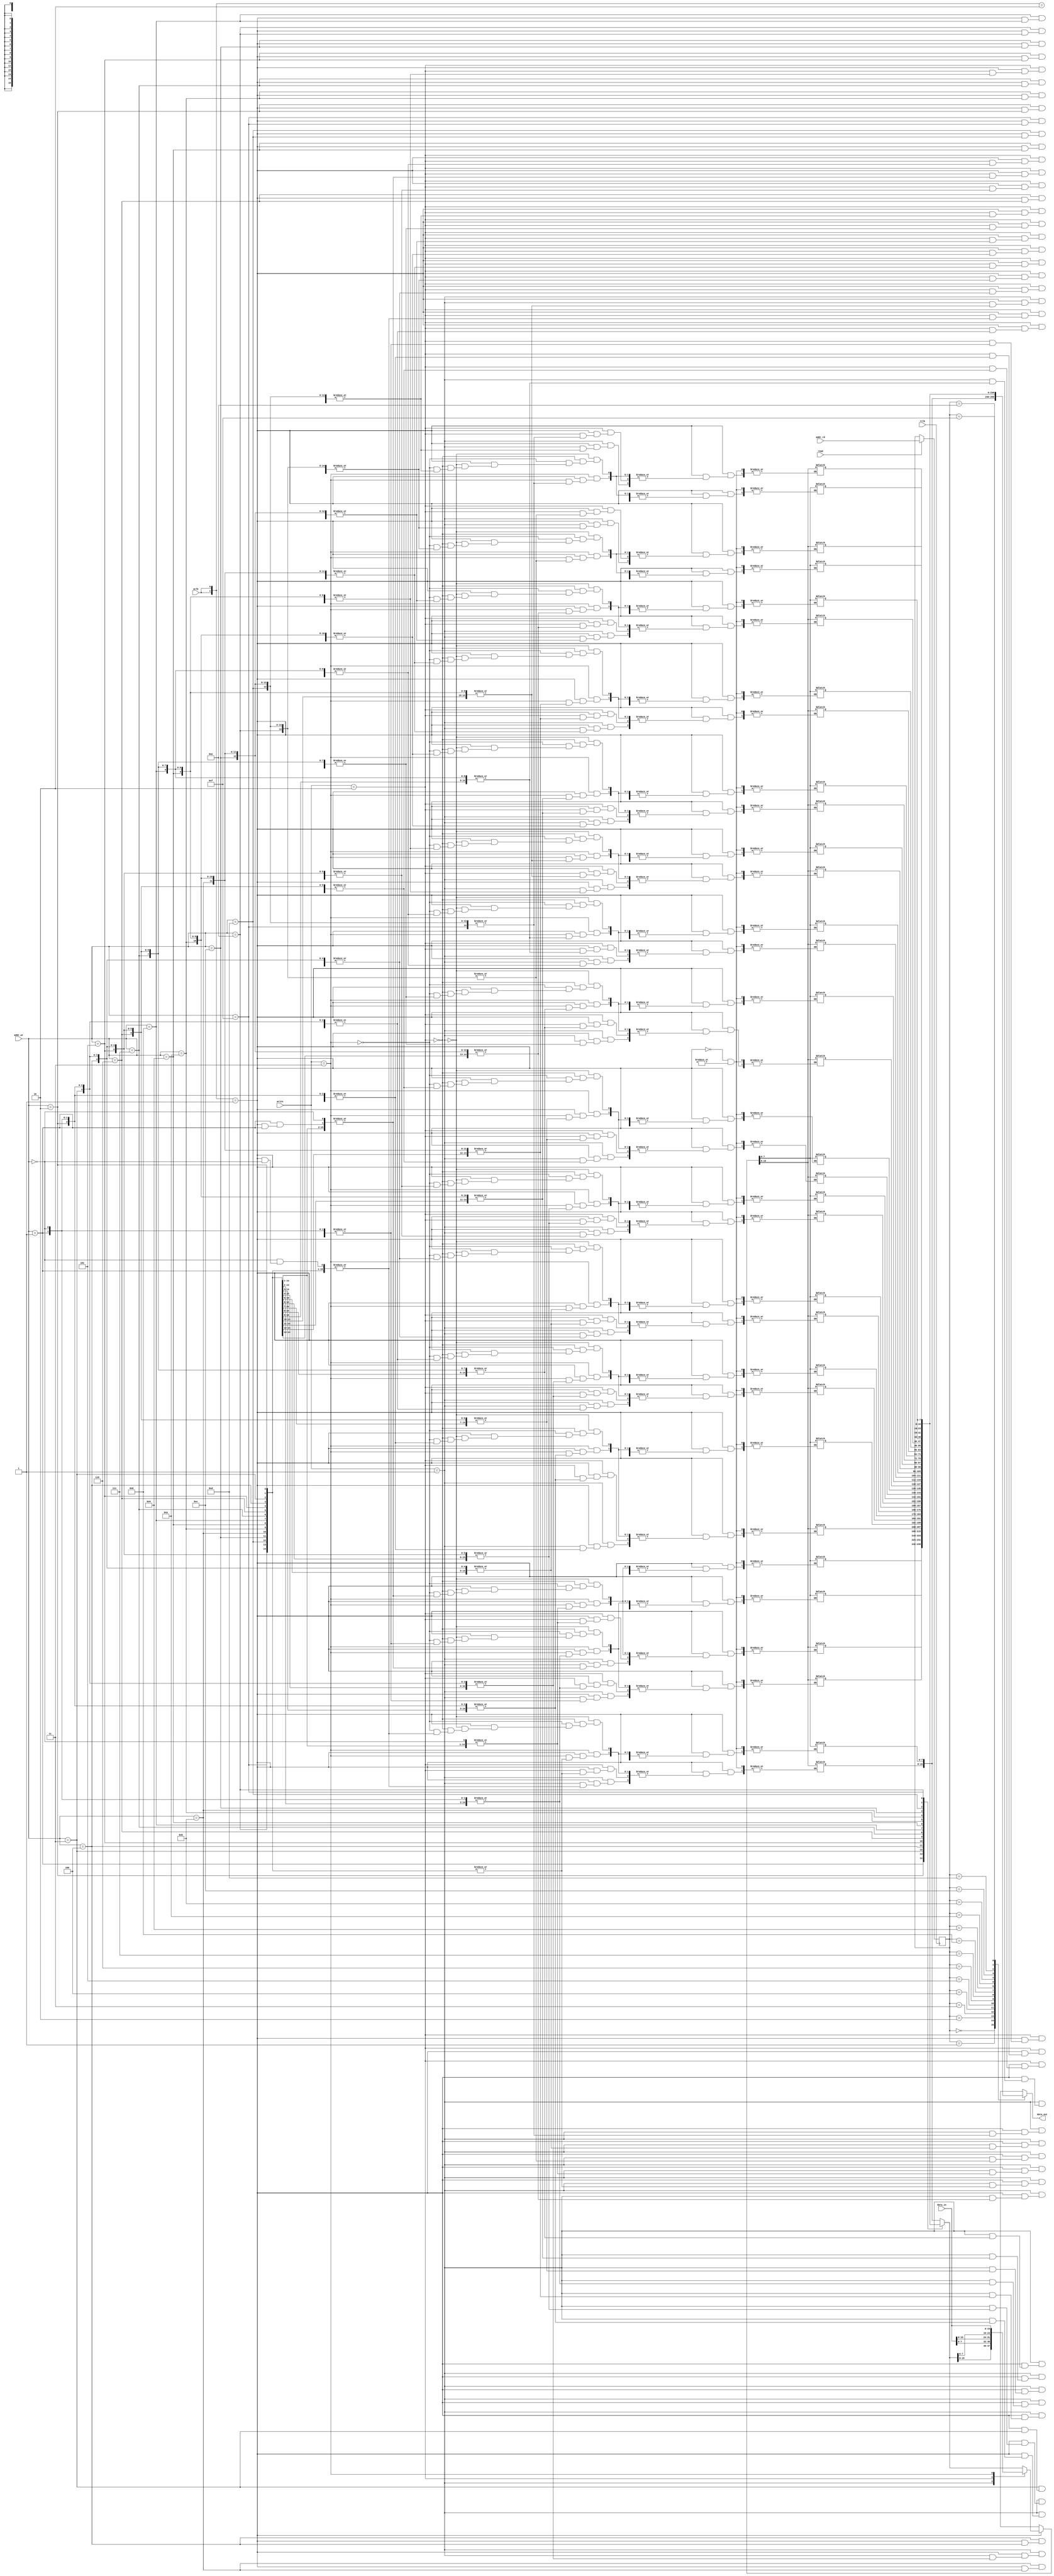
module nfc_asynch_ram(
                    wclk,
                    rclk,

                    write,
                    read,

                    addr_wr,
                    addr_rd,

                    data_in,
                    data_out

                    );

parameter  WIDTH  = 16;
parameter  ADDR   = 4;
parameter  DEPTH  = 16;

input          wclk;
input          rclk;
input [1:0]    write;
input          read;

input [ADDR-1:0]  addr_wr;
input [ADDR-1:0]  addr_rd;

input [WIDTH-1:0] data_in;
output [WIDTH-1:0] data_out;



reg [WIDTH-1:0] ram [0:DEPTH-1];
reg [ADDR-1:0]  addr_rd_p1;
reg [WIDTH-1:0] dummy;
reg             LAST_CLK;

always @( wclk)
begin
    casez({LAST_CLK,wclk})	
      2'b01: begin	    
           dummy = ram[addr_wr];
           case(write[1:0])
           2'b01: ram[addr_wr] = { dummy[15:8], data_in[7:0] };
           2'b10: ram[addr_wr] = { data_in[15:8], dummy[7:0] };
           2'b11: ram[addr_wr] = data_in;
           default:ram[addr_wr] = dummy;
           endcase
           end	   
      2'b10,
      2'bx?,
      2'b00,
      2'b11: ;
      endcase      
      LAST_CLK =wclk;
end

always @(posedge rclk)
begin
  if(read)
    addr_rd_p1 <= #1 addr_rd;
end

assign data_out = ram[addr_rd_p1];


endmodule